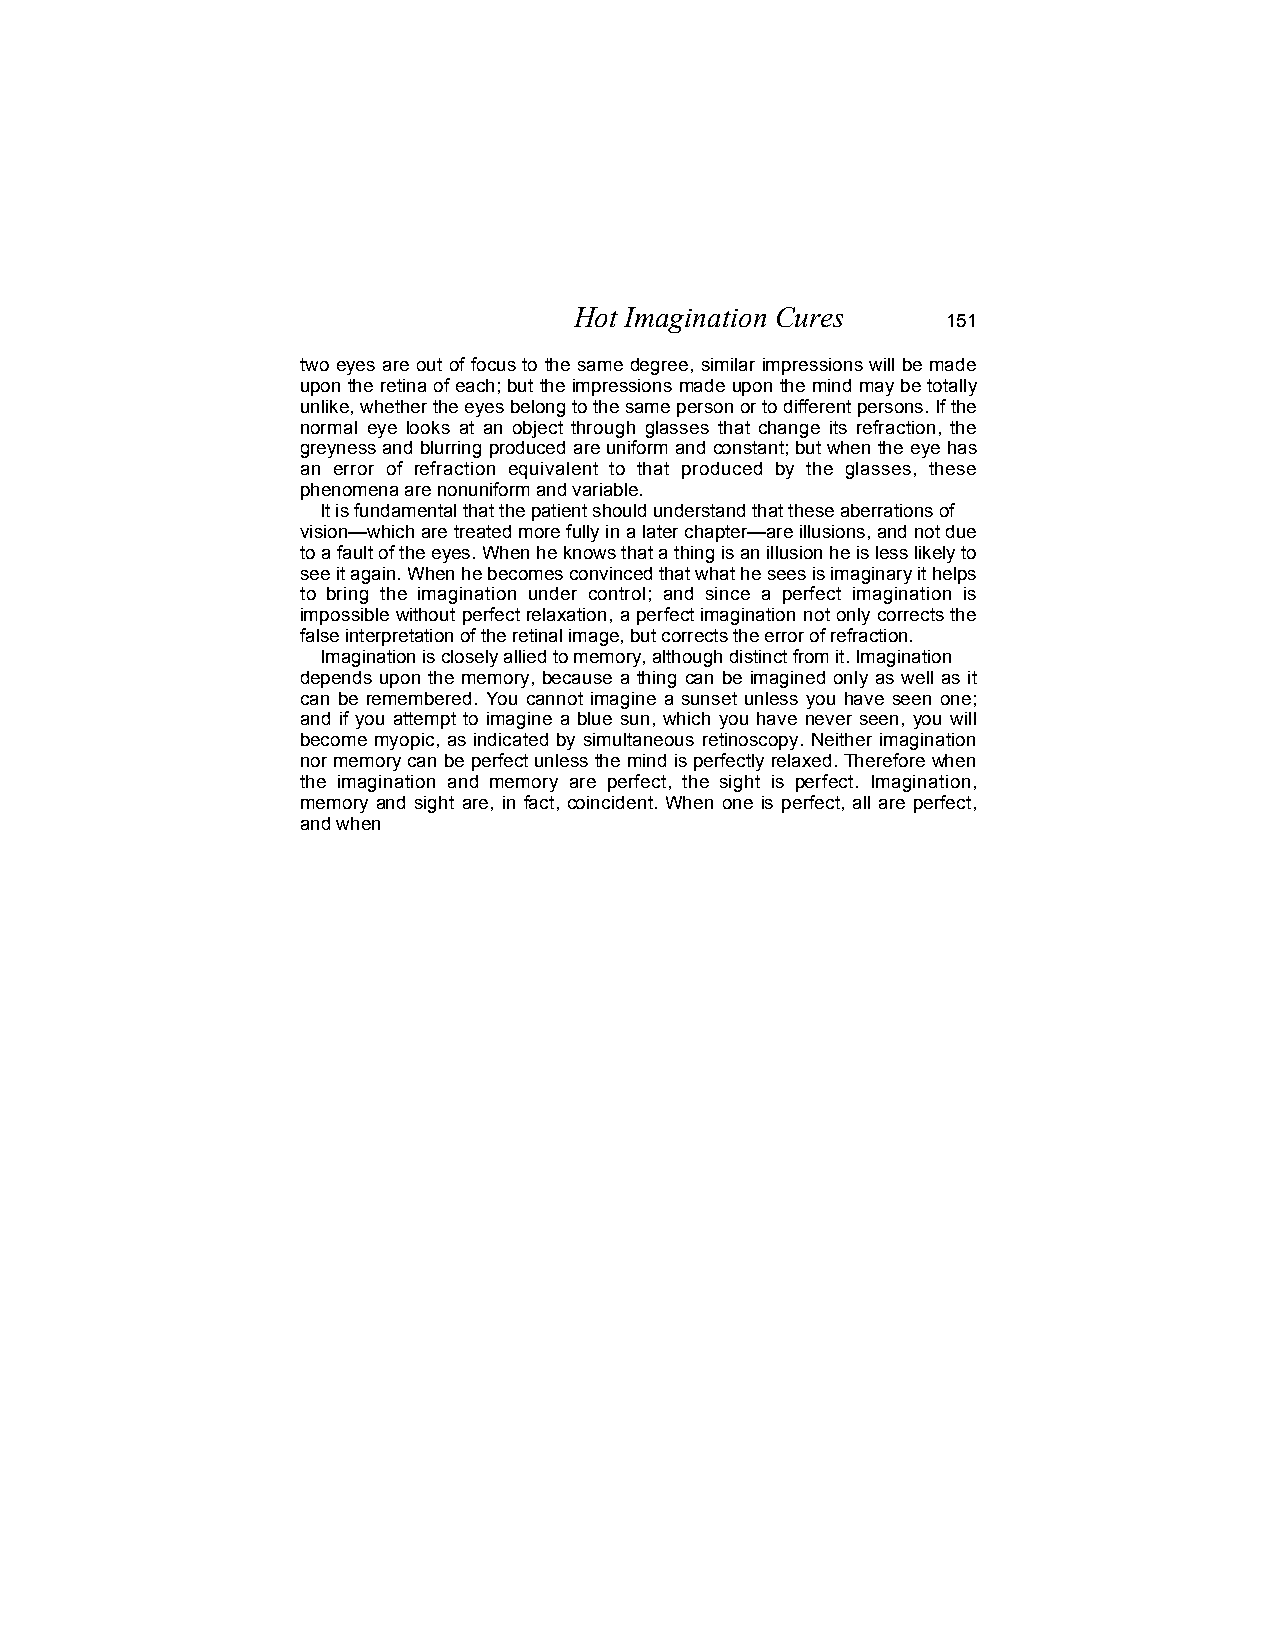
Hot Imagination Cures
 151
 two eyes are out of focus to the same degree, similar impressions will be made
 upon the retina of each; but the impressions made upon the mind may be totally
 unlike, whether the eyes belong to the same person or to different persons. If the
 normal eye looks at an object through glasses that change its refraction, the
 greyness and blurring produced are uniform and constant; but when the eye has
 an error of refraction equivalent to that produced by the glasses, these
 phenomena are nonuniform and variable.
 It is fundamental that the patient should understand that these aberrations of
 vision—which are treated more fully in a later chapter—are illusions, and not due
 to a fault of the eyes. When he knows that a thing is an illusion he is less likely to
 see it again. When he becomes convinced that what he sees is imaginary it helps
 to bring the imagination under control; and since a perfect imagination is
 impossible without perfect relaxation, a perfect imagination not only corrects the
 false interpretation of the retinal image, but corrects the error of refraction.
 Imagination is closely allied to memory, although distinct from it. Imagination
 depends upon the memory, because a thing can be imagined only as well as it
 can be remembered. You cannot imagine a sunset unless you have seen one;
 and if you attempt to imagine a blue sun, which you have never seen, you will
 become myopic, as indicated by simultaneous retinoscopy. Neither imagination
 nor memory can be perfect unless the mind is perfectly relaxed. Therefore when
 the imagination and memory are perfect, the sight is perfect. Imagination,
 memory and sight are, in fact, coincident. When one is perfect, all are perfect,
 and when